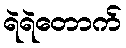
ရဲရဲတောက်